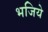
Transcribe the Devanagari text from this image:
भजिये